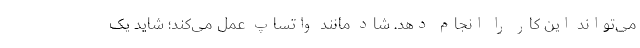
می‌تواند این کار را انجام دهد. شاد مانند واتساپ عمل می‌کند؛ شاید یک